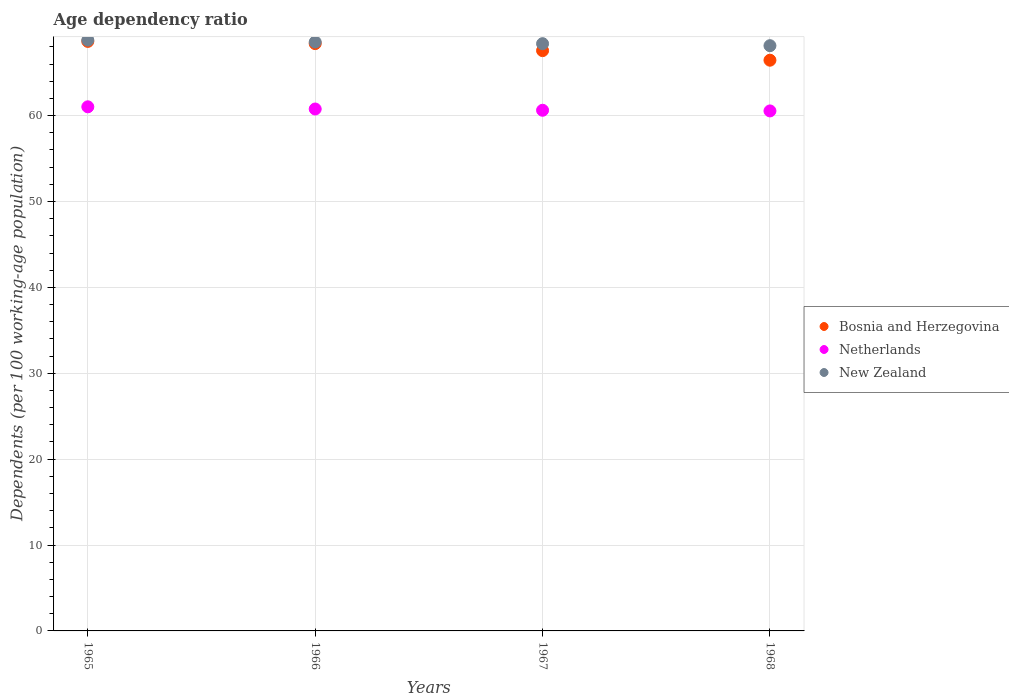
| Years | Bosnia and Herzegovina | Netherlands | New Zealand |
 | --- | --- | --- | --- |
 | 1965 | 68.6 | 61 | 68.8 |
 | 1966 | 68.4 | 60.8 | 68.6 |
 | 1967 | 67.6 | 60.6 | 68.4 |
 | 1968 | 66.4 | 60.5 | 68.1 |